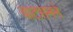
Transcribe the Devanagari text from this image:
वाटसनने